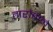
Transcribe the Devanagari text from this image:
तारोंवाले